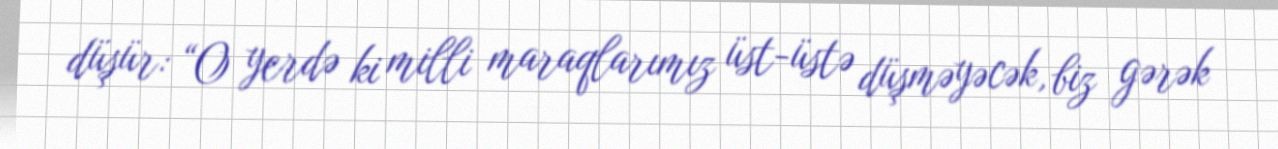
düşür: “O yerdə ki milli maraqlarımız üst-üstə düşməyəcək, biz gərək